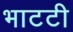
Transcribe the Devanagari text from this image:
भाटटी